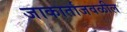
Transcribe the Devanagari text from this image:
जाकार्ताजवळील